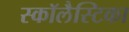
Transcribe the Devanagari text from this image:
स्कॉलैस्टिका